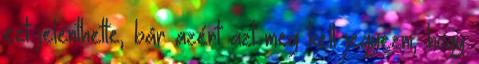
ezt jelenthette, bár azért azt meg kell jegyezni, hogy